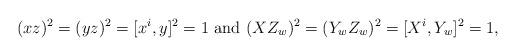
LaTeX: \begin{align*}(xz)^2=(yz)^2=[x^i,y]^2=1\,\,\textrm{and}\,\, (XZ_w)^2=(Y_wZ_w)^2=[X^i,Y_w]^2=1,\end{align*}